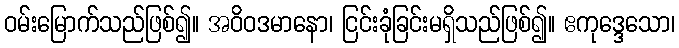
ဝမ်းမြောက်သည်ဖြစ်၍။ အဝိဝဒမာနော၊ ငြင်းခုံခြင်းမရှိသည်ဖြစ်၍။ ဧကုဒ္ဒေသော၊